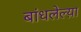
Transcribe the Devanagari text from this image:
बांधलेल्य़ा